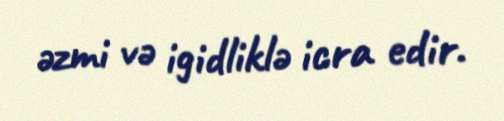
əzmi və igidliklə icra edir.